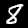
Label: 8